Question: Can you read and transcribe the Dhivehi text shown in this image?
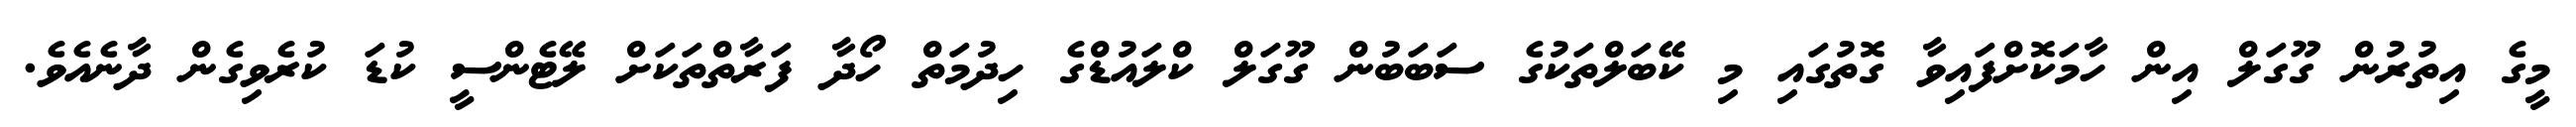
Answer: މީގެ އިތުރުން ގޫގަލް އިން ހާމަކޮށްފައިވާ ގޮތުގައި މި ކޭބަލްތަކުގެ ސަބަބުން ގޫގަލް ކްލައުޑްގެ ހިދުމަތް ހޯދާ ފަރާތްތަކަށް ލޭޓެންސީ ކުޑަ ކުރެވިގެން ދާނެއެވެ.